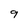
Character: 9